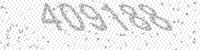
Solution: 409188